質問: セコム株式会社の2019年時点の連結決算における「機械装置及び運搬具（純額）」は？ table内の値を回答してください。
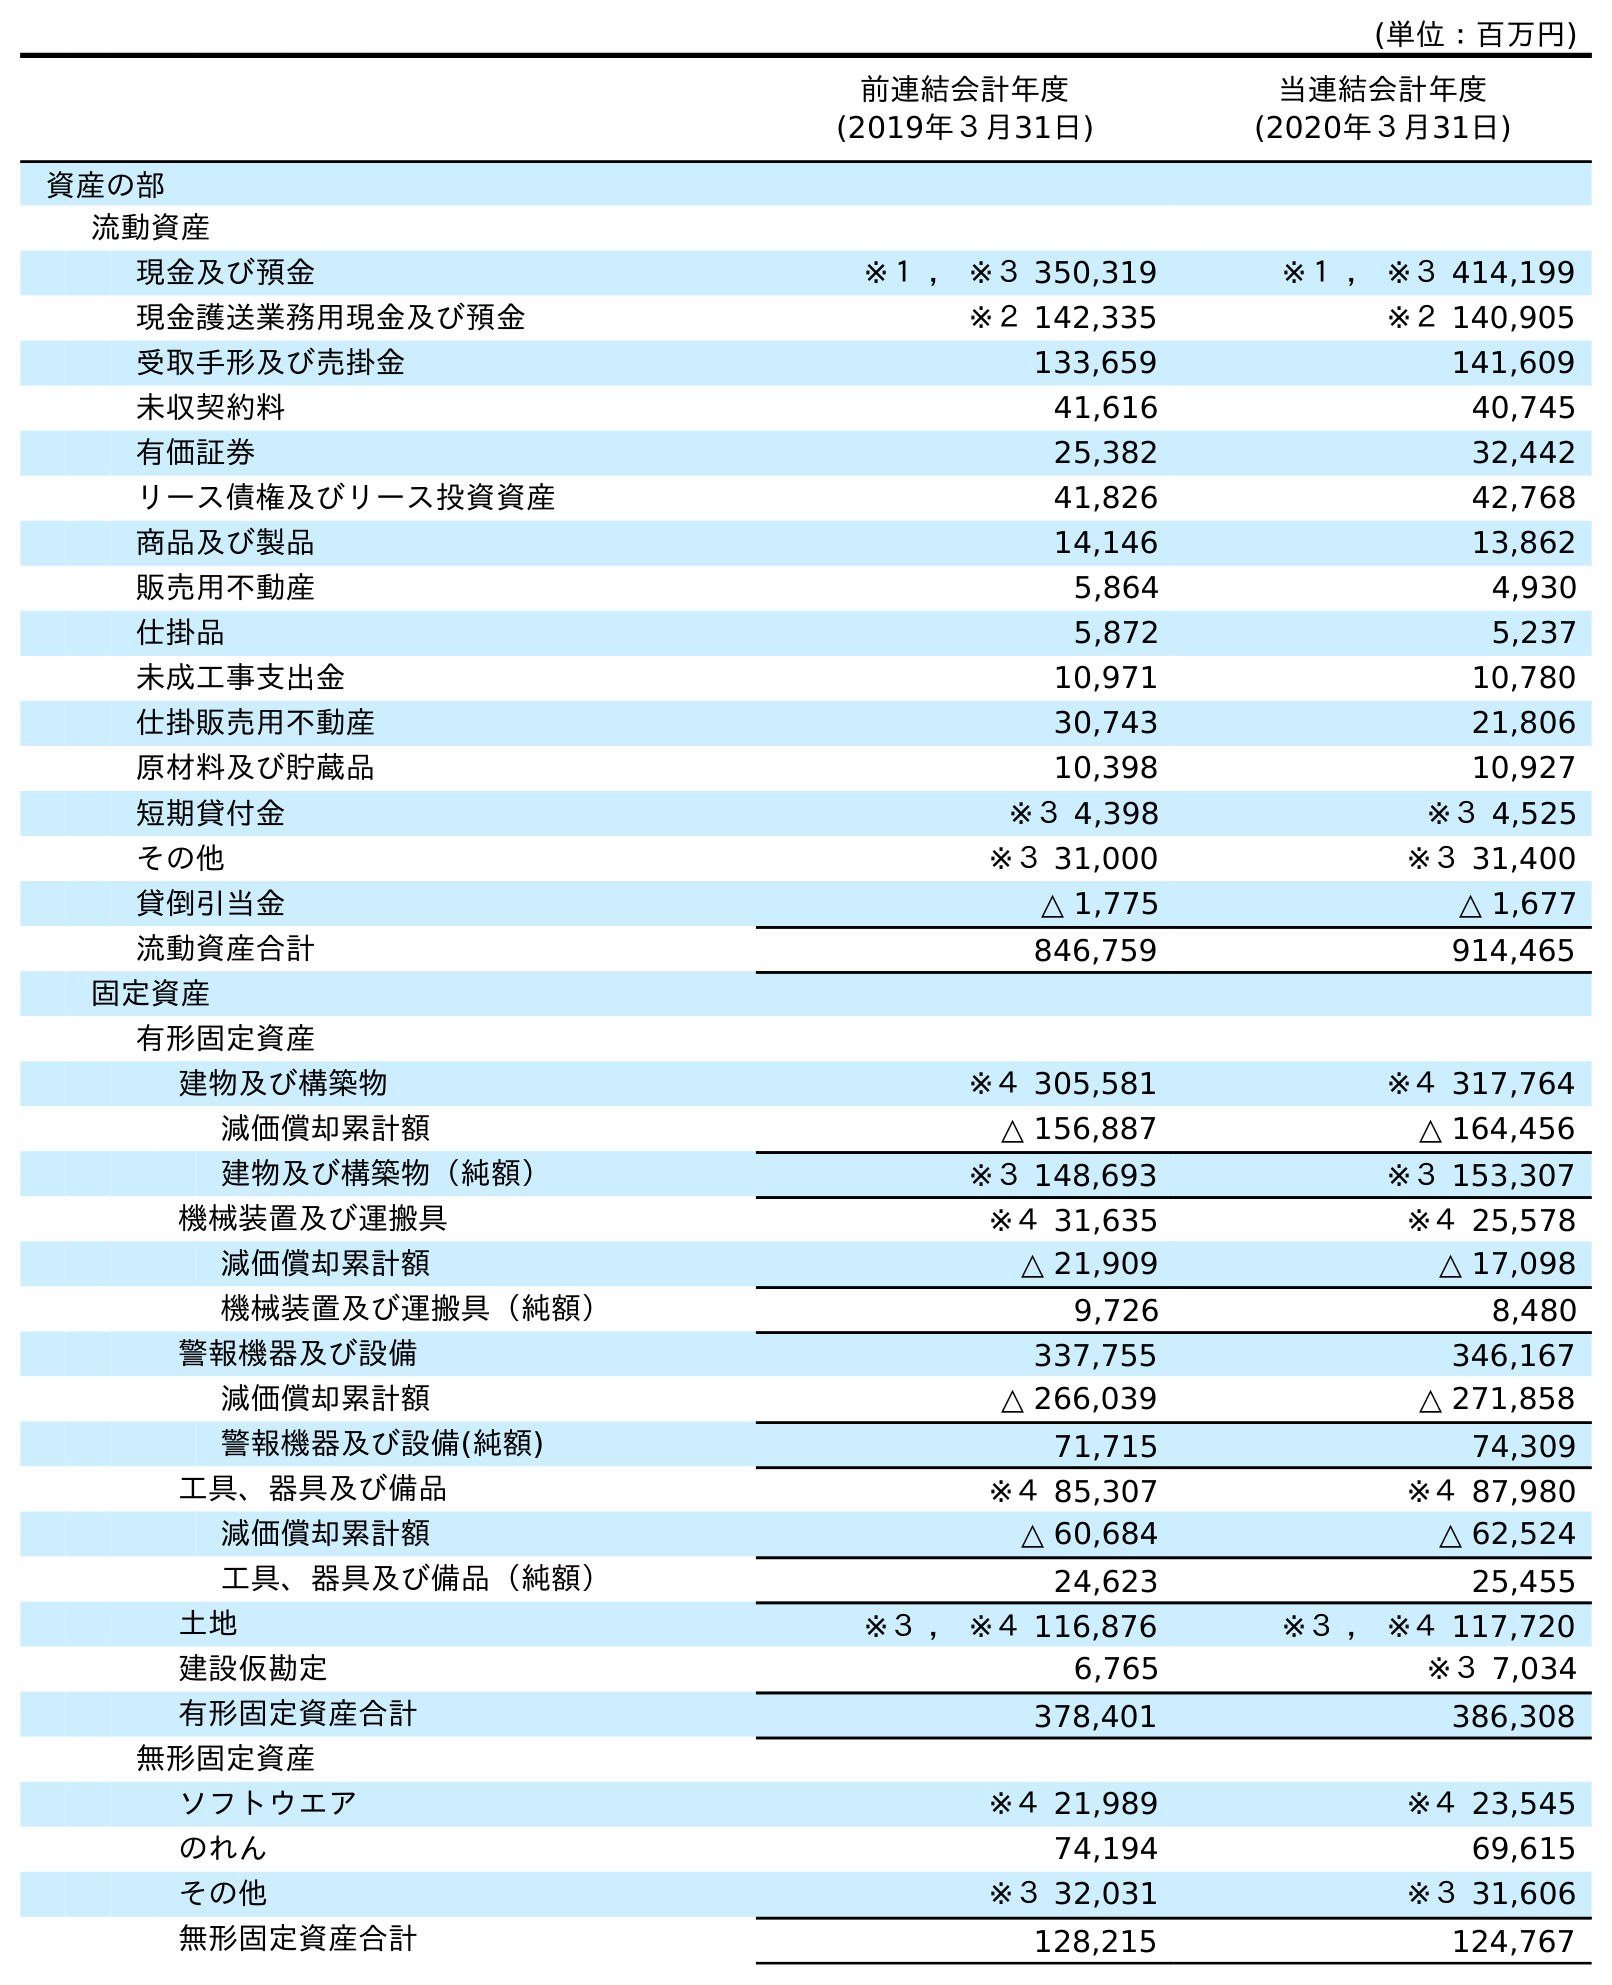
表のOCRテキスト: (単位：百万円) 前連結会計年度 (2019年３月31日) 当連結会計年度 (2020年３月31日) 資産の部 流動資産 現金及び預金 ※１ ， ※３ 350,319 ※１ ， ※３ 414,199 現金護送業務用現金及び預金 ※２ 142,335 ※２ 140,905 受取手形及び売掛金 133,659 141,609 未収契約料 41,616 40,745 有価証券 25,382 32,442 リース債権及びリース投資資産 41,826 42,768 商品及び製品 14,146 13,862 販売用不動産 5,864 4,930 仕掛品 5,872 5,237 未成工事支出金 10,971 10,780 仕掛販売用不動産 30,743 21,806 原材料及び貯蔵品 10,398 10,927 短期貸付金 ※３ 4,398 ※３ 4,525 その他 ※３ 31,000 ※３ 31,400 貸倒引当金 △ 1,775 △ 1,677 流動資産合計 846,759 914,465 固定資産 有形固定資産 建物及び構築物 ※４ 305,581 ※４ 317,764 減価償却累計額 △ 156,887 △ 164,456 建物及び構築物（純額） ※３ 148,693 ※３ 153,307 機械装置及び運搬具 ※４ 31,635 ※４ 25,578 減価償却累計額 △ 21,909 △ 17,098 機械装置及び運搬具（純額） 9,726 8,480 警報機器及び設備 337,755 346,167 減価償却累計額 △ 266,039 △ 271,858 警報機器及び設備(純額) 71,715 74,309 工具、器具及び備品 ※４ 85,307 ※４ 87,980 減価償却累計額 △ 60,684 △ 62,524 工具、器具及び備品（純額） 24,623 25,455 土地 ※３ ， ※４ 116,876 ※３ ， ※４ 117,720 建設仮勘定 6,765 ※３ 7,034 有形固定資産合計 378,401 386,308 無形固定資産 ソフトウエア ※４ 21,989 ※４ 23,545 のれん 74,194 69,615 その他 ※３ 32,031 ※３ 31,606 無形固定資産合計 128,215 124,767
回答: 9,726